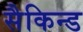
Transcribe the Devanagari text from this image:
सैकिन्ड